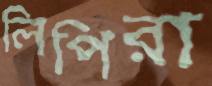
লিপিরা